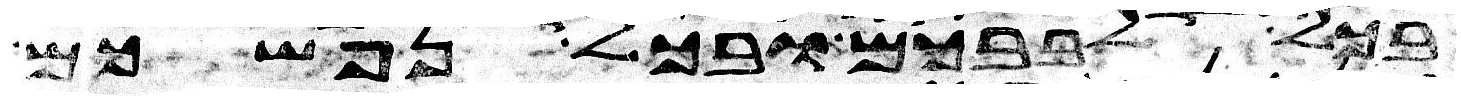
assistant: בכל לבבכם ובכל נפשכם